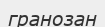
гранозан